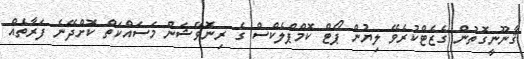
ޤާނޫނީގޮތުން ގެޒެޓްކުރެވޭ ލިޔުން ޕޯޓް ކޮމްޕްލެކްސް ގެ ރިނޮވޭޝަން މަސައްކަތް ކޮށްދޭނެ ފަރާތެއް